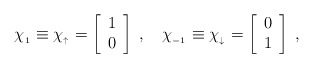
\begin{align*}\chi_{_1} \equiv \chi_{_\uparrow} = \left[ \begin{array}{c} 1 \\ 0 \end{array} \right] \; , \quad \chi_{_{-1}} \equiv \chi_{_\downarrow} = \left[ \begin{array}{c} 0 \\ 1 \end{array} \right] \; ,\end{align*}